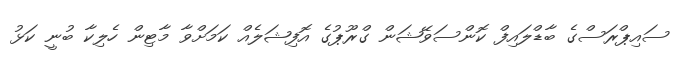
ސައިޕްރަސްގެ ބާޑްލައިފް ކޮންސަވޭޝަން ގްރޫޕުގެ އޮފިޝަލެއް ކަމަށްވާ މާޓިން ހެލިކާ ބުނީ ކަޅު